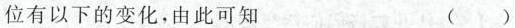
位有以下的变化，由此可知 （）